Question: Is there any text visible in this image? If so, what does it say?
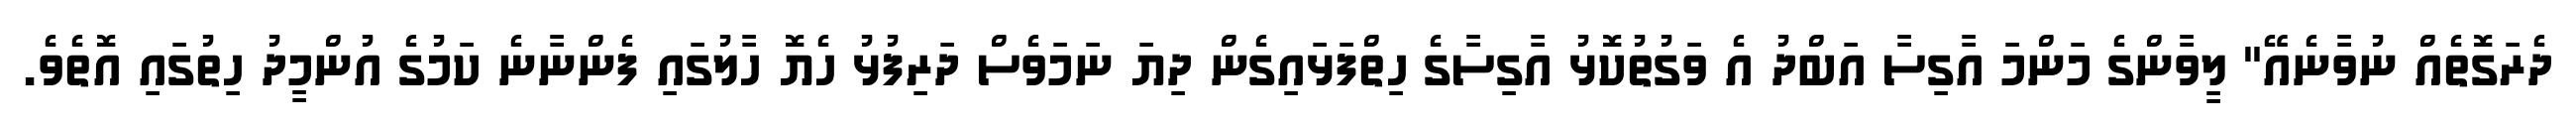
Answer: ދެރަގޮތެއް ނުވާނެއޭ" ލީވާންގެ މަންމަ އާގިސާ އަބްދު އެ ވަގުތުކޮޅު އާގިސާގެ ހިތްފަޅައިގެން ދިޔަ ނަމަވެސް ދަރިފުޅު ހެޔޮ ހާލުގައި ފެންނާނެ ކަމުގެ އުންމީދު ހިތުގައި އޮތެވެ.